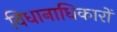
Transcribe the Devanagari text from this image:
विधानाधिकारों